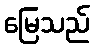
မြေသည်